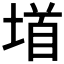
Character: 𫮐